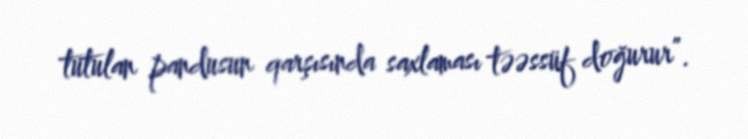
tutulan pandusun qarşısında saxlaması təəssüf doğurur”.